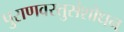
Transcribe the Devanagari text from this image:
पुराणवस्तुसंशोधन